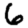
Digit: 6